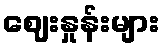
ဈေးနှုန်းများ